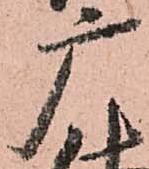
广